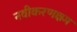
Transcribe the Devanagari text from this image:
नवीकरणक्षम